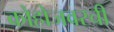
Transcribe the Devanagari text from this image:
कोहोजवरची